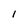
Character: l